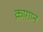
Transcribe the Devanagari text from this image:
क़ाग़ान